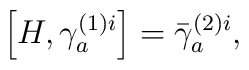
\left[ H,\gamma _{a}^{(1)i}\right] =\bar{\gamma}_{a}^{(2)i},